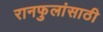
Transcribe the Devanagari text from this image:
रानफुलांसाठी